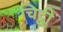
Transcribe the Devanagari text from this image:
चिट्ठीु